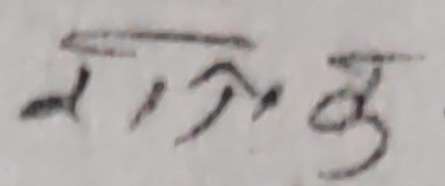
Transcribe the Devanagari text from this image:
मात्रकु